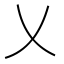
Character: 乂